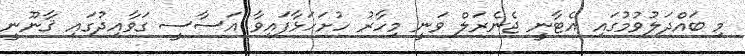
މި ބައްދަލުވުމުގައި އެޓާނީ ޖެނެރަލް ވަނީ މިހާރު ހުށަހަޅާފައިވާ އަސާސީ ގަވާއިދުގައި ޤާނޫނީ